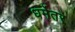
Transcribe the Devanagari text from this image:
धर्मेतर